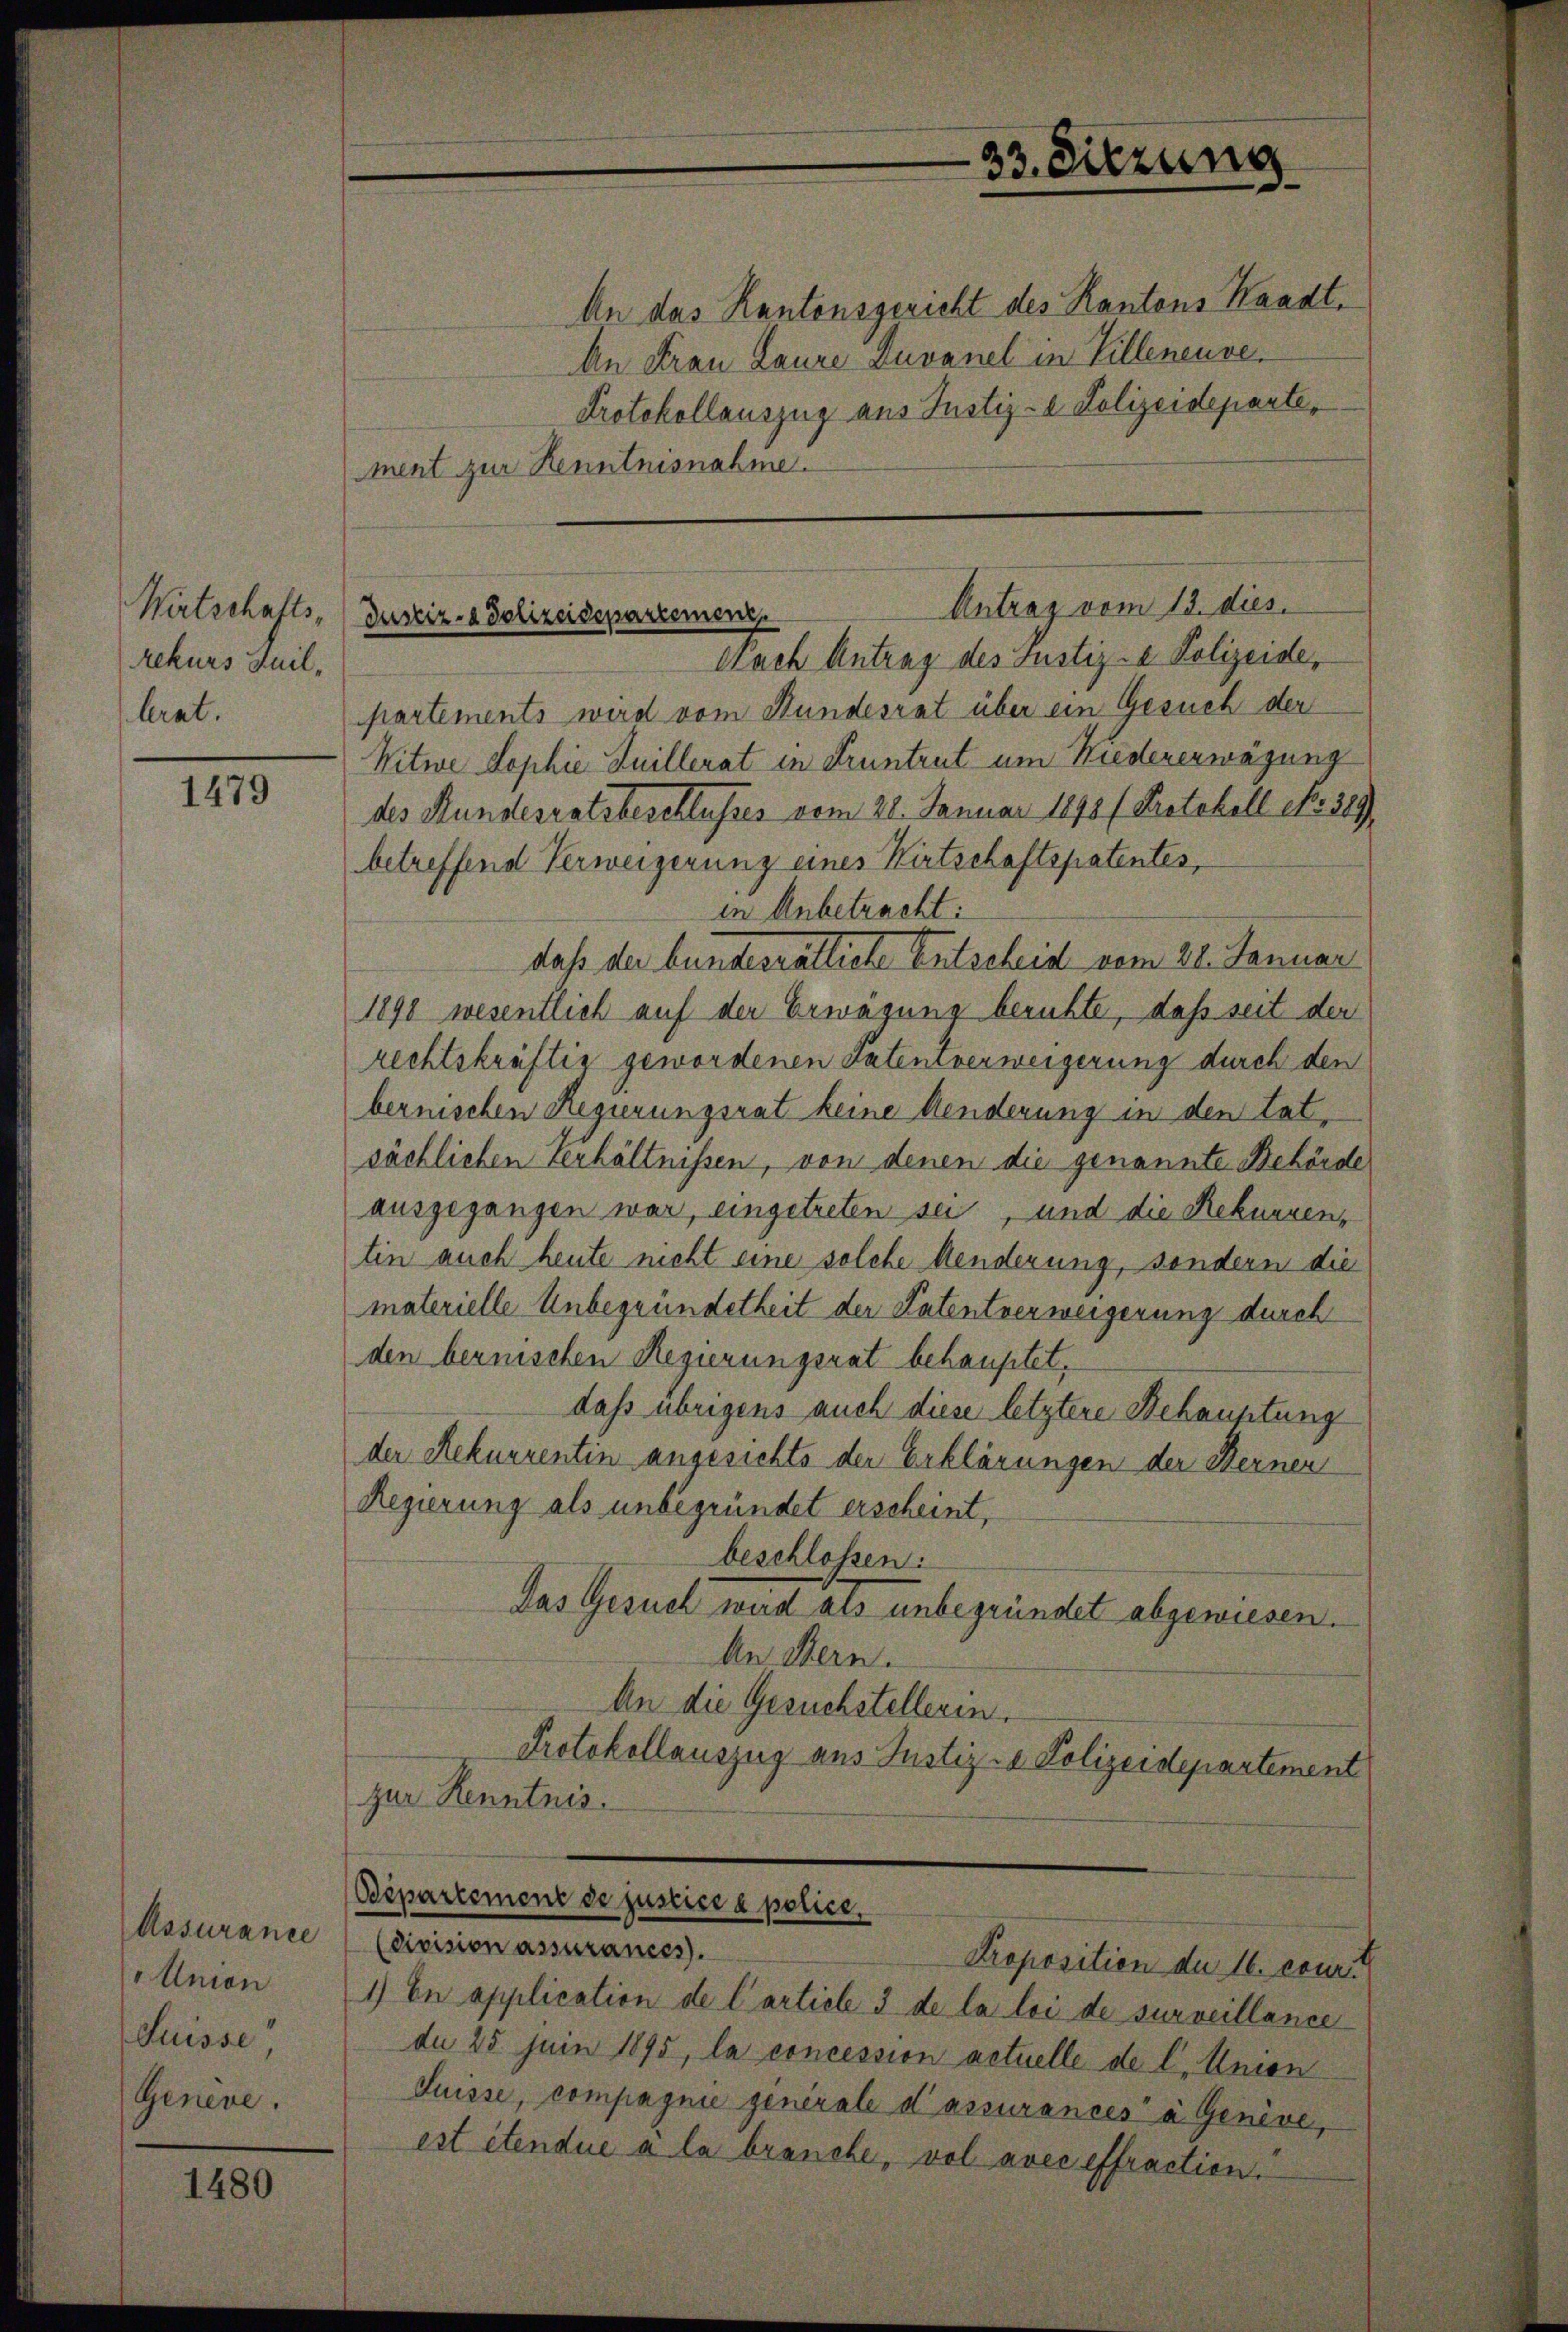
Wirtschafts-
rekurs Suil,
lernt.

1479

Assurance
Union
Suisse,
Genève.

1480

An das Kantonsgericht des Kantons Waadt.
An Frau Laure Zuvanel in Villeneuve
Protokollauszug aus Justiz- & Polizeideparte,
ment zur Kenntnisnahme.

Antrag vom 13. dies
Justiz- & Polizeidepartement
Nach Antrag des Justiz- & Polizeide,

partements wird vom Bundesrat über ein Gesuch der
Witwe Sophie Juillerat in Truntrut um Niedererwägung
des Hundesratsbeschlusses vom 22. Januar 1898 (Protokoll No 389)
betreffend Verweigerung eines Kirtschaftspatentes,
in Anbetracht:
daß der bundesrätliche Entscheid vom 28. Januar
1898 wesentlich auf der Erwägung beruhte, daß seit der
rechtskräftig gewordenen Patenverweigerung durch den
bernischen Regierungsrat keine Aenderung in den tat,
sächlichen Verhältnissen, von denen die genannte Behörde
ausgegangen war, eingetreten sei, und die Rekurren,
tin auch heute nicht eine solche Aenderung, sondern die
materielle Unbegründetheit der Patentverweigerung durch
den bernischen Regierungsrat behauptet,
dass übrigens auch diese letztere Behauptung
der Rekurrentin angesichts der Erklärungen der Sternen
Regierung als unbegründet erscheint,
beschlossen:
Das Gesuch wird als unbegründet abgewiesen.
An Bern.
An die Gesuchstellerin.
Protokollauszug aus Justiz- & Polizeidepartement
zur Kenntnis.
Bepartement de justice a police,
(Division assurances.
Proposition de 16. couri
1) In application de l’article 3 de la loi de surveillance
du 25 Juni 1895, la concession actuelle de l. Union
Suisse, compagnie generale d’assurancés à Genève,
est étendue à la branche, vol avec effraction.

33. Sitzung
8.